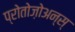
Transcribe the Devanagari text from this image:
प्रोतोज़ोअन्स्